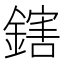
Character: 鎋